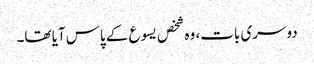
دوسری بات، وہ شخص یسوع کے پاس آیا تھا۔